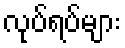
လုပ်ရပ်များ